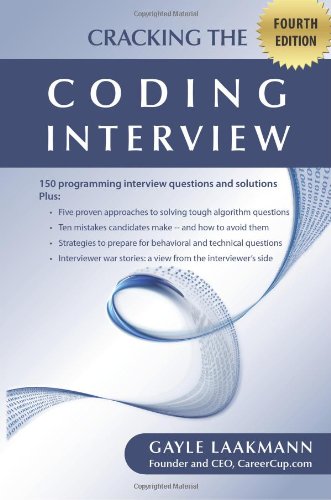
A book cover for Cracking the Coding Interview, Fourth Edition: 150 Programming Interview Questions and Solutions; Gayle Laakmann; Business & Money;